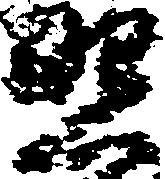
照